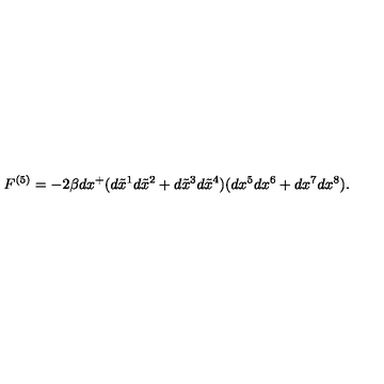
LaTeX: F ^ { ( 5 ) } = - 2 \beta d x ^ { + } ( d \tilde { x } ^ { 1 } d \tilde { x } ^ { 2 } + d \tilde { x } ^ { 3 } d \tilde { x } ^ { 4 } ) ( d x ^ { 5 } d x ^ { 6 } + d x ^ { 7 } d x ^ { 8 } ) .